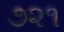
૭૨૧